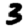
Digit: 3